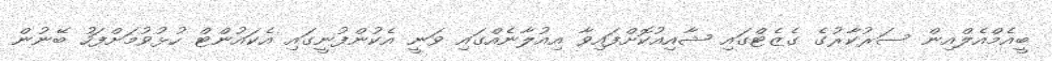
ބީއެމްއެލްއިން ސަރުކާރުގެ ގެޒެޓްގައި ޝާއިއުކޮށްފައިވާ އިއުލާނެއްގައި ވަނީ އެކުންފުނީގައި އެކައުންޓް ހުޅުވުމަށްފަހު ބޭނުން